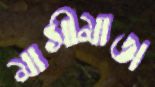
মাসীমাতা